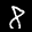
Label: 8